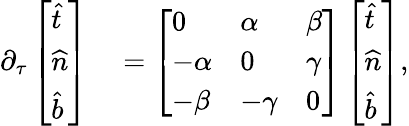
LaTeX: \begin{array}{rl}{\partial_{\tau}\left[\begin{array}{l}{\widehat{t}}\\ {\widehat{n}}\\ {\widehat{b}}\end{array}\right]}&{{}=\left[\begin{array}{lll}{0}&{\alpha}&{\beta}\\ {-\alpha}&{0}&{\gamma}\\ {-\beta}&{-\gamma}&{0}\end{array}\right]\left[\begin{array}{l}{\widehat{t}}\\ {\widehat{n}}\\ {\widehat{b}}\end{array}\right],}\end{array}